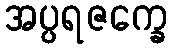
အပ္ပရဇက္ခေ